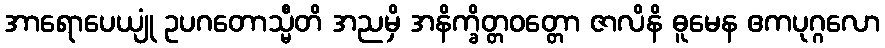
အာရောပေယျုံ ဥပဂတောသ္မီတိ အညမှိ အနိက္ခိတ္တဝတ္တော ဇာလိနိ ဓူမေန ဧကပုဂ္ဂလော